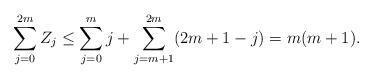
LaTeX: \begin{align*}\sum\limits_{j=0}^{2m}Z_j\le \sum\limits_{j=0}^{m}j+\sum\limits_{j=m+1}^{2m}(2m+1-j)=m(m+1).\end{align*}